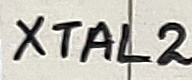
Text: XTAL2